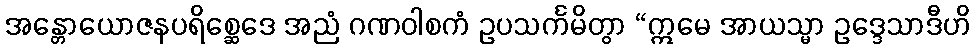
အန္တောယောဇနပရိစ္ဆေဒေ အညံ ဂဏဝါစကံ ဥပသင်္ကမိတွာ “ဣမေ အာယသ္မာ ဥဒ္ဒေသာဒီဟိ